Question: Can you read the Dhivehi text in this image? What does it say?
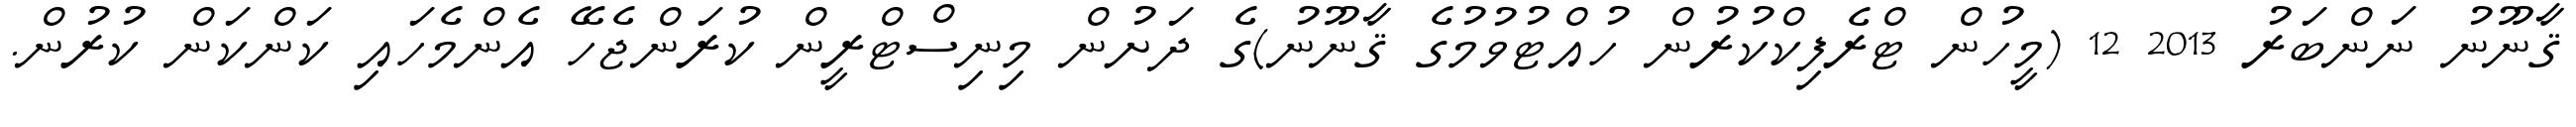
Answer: ޤާނޫނު ނަންބަރު 2013 12 (މީހުން ޓްރެފިކްކުރުން ހުއްޓުވުމުގެ ޤާނޫނު)ގެ ދަށުން މިނިސްޓްރީން ކުރަންޖެހޭ އެންމެހައި ކަންކަން ކުރުން.